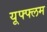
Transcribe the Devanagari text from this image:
यूफ्फ्लम